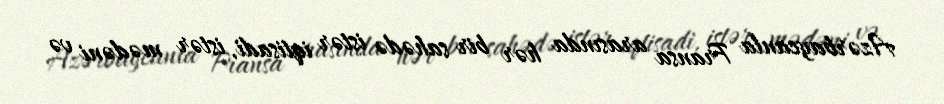
Azərbaycanla Fransa arasında hər bir sahədə istər iqtisadi, istər mədəni və